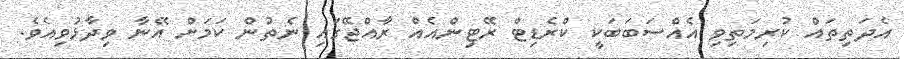
އެދަތިތައް ކުރިމަތިވި އެއްސަބަބަކީ ކްރެޑިޓް ރޭޓިންއެއް ރާއްޖޭގައި ނެތުން ކަމަށް އޭނާ ވިދާޅުވިއެވެ.